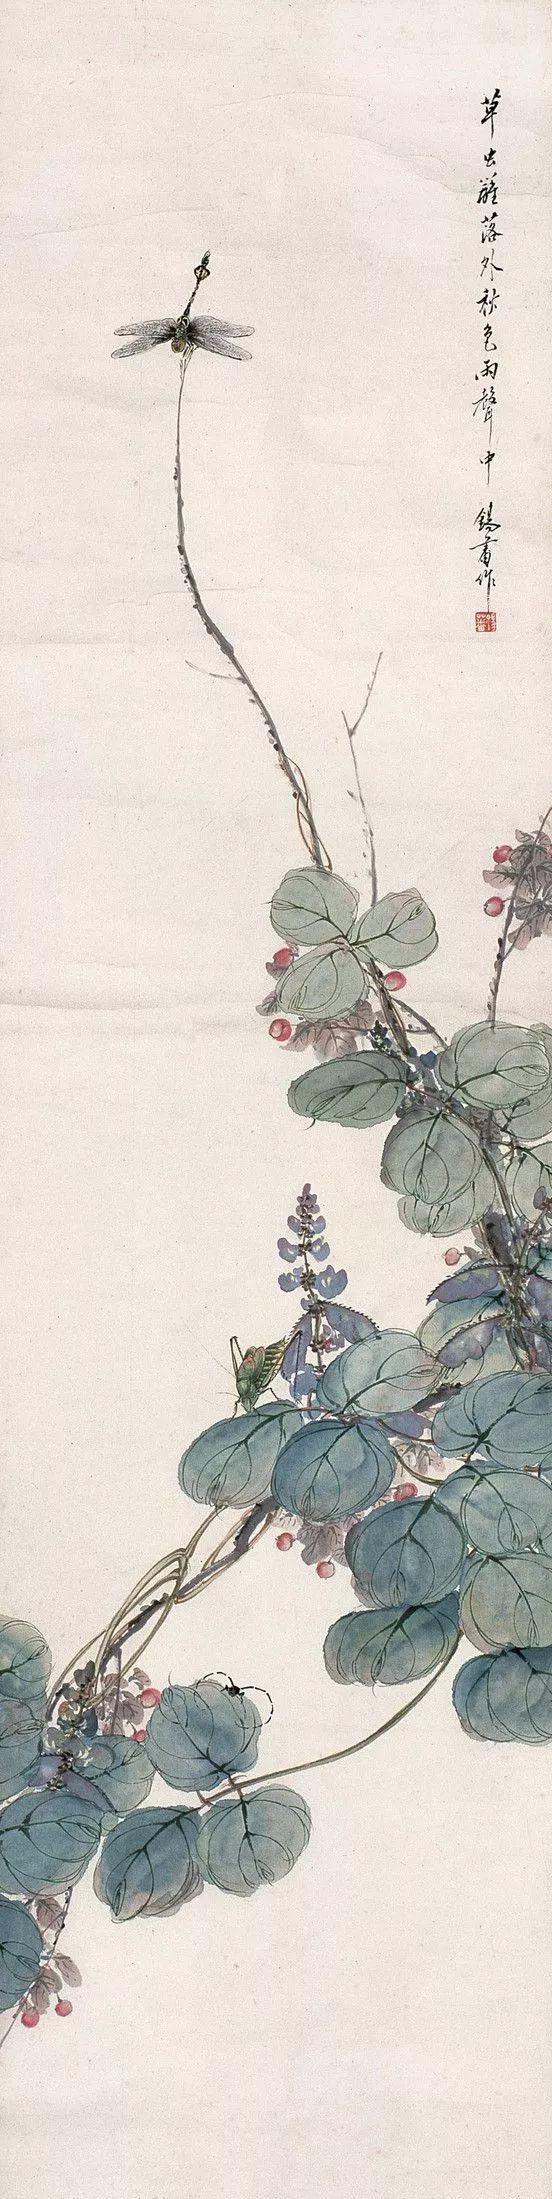
蒌蒿满地芦芽短，正是河豚欲上时。